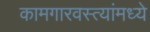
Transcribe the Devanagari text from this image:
कामगारवस्त्यांमध्ये